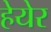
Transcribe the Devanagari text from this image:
हेयेर